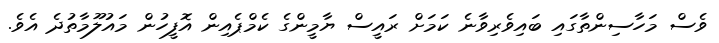
ވެސް މަހާސިންތާގައި ބައިވެރިވާނެ ކަމަށް ރައީސް ޔާމީންގެ ކެމްޕެއިން އޮފީހުން މައުލޫމާތުދެ އެވެ.